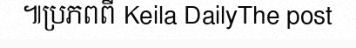
៕ប្រភពពី Keila DailyThe post